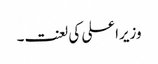
وزیراعلی کی لعنت۔